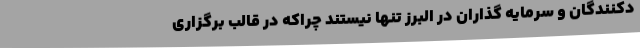
دکنندگان و سرمایه گذاران در البرز تنها نیستند چراکه در قالب برگزاری